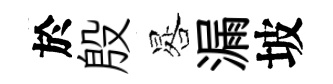
於殷晷漏坡